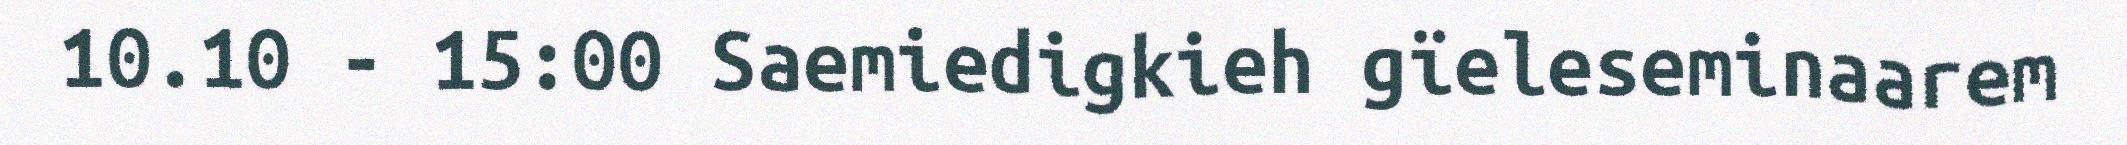
10.10 - 15:00 Saemiedigkieh gïeleseminaarem